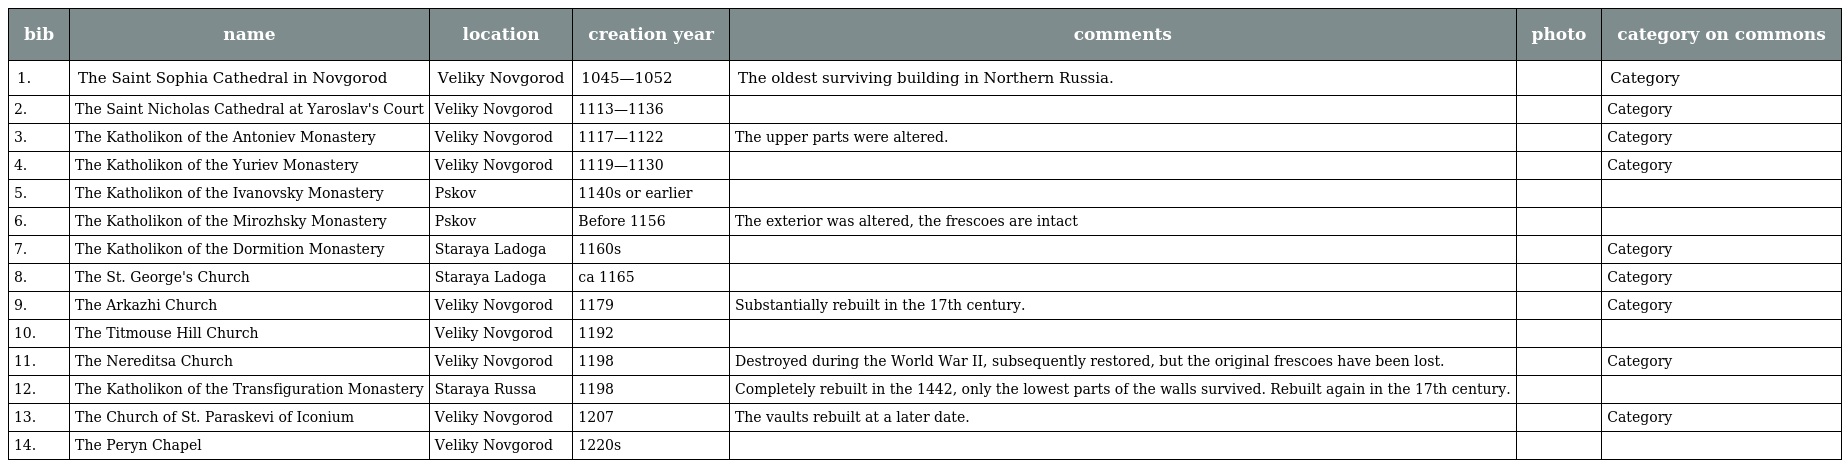
| bib | name | location | creation year | comments | photo | category on commons |
 | --- | --- | --- | --- | --- | --- | --- |
 | 1. | The Saint Sophia Cathedral in Novgorod | Veliky Novgorod | 1045—1052 | The oldest surviving building in Northern Russia. |  | Category |
 | 2. | The Saint Nicholas Cathedral at Yaroslav's Court | Veliky Novgorod | 1113—1136 |  |  | Category |
 | 3. | The Katholikon of the Antoniev Monastery | Veliky Novgorod | 1117—1122 | The upper parts were altered. |  | Category |
 | 4. | The Katholikon of the Yuriev Monastery | Veliky Novgorod | 1119—1130 |  |  | Category |
 | 5. | The Katholikon of the Ivanovsky Monastery | Pskov | 1140s or earlier |  |  |  |
 | 6. | The Katholikon of the Mirozhsky Monastery | Pskov | Before 1156 | The exterior was altered, the frescoes are intact |  |  |
 | 7. | The Katholikon of the Dormition Monastery | Staraya Ladoga | 1160s |  |  | Category |
 | 8. | The St. George's Church | Staraya Ladoga | ca 1165 |  |  | Category |
 | 9. | The Arkazhi Church | Veliky Novgorod | 1179 | Substantially rebuilt in the 17th century. |  | Category |
 | 10. | The Titmouse Hill Church | Veliky Novgorod | 1192 |  |  |  |
 | 11. | The Nereditsa Church | Veliky Novgorod | 1198 | Destroyed during the World War II, subsequently restored, but the original frescoes have been lost. |  | Category |
 | 12. | The Katholikon of the Transfiguration Monastery | Staraya Russa | 1198 | Completely rebuilt in the 1442, only the lowest parts of the walls survived. Rebuilt again in the 17th century. |  |  |
 | 13. | The Church of St. Paraskevi of Iconium | Veliky Novgorod | 1207 | The vaults rebuilt at a later date. |  | Category |
 | 14. | The Peryn Chapel | Veliky Novgorod | 1220s |  |  |  |